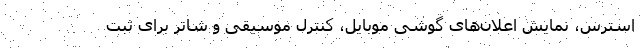
استرس، نمایش اعلان‌های گوشی موبایل، کنترل موسیقی و شاتر برای ثبت